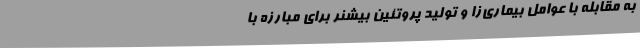
به مقابله با عوامل بیماری‌زا و تولید پروتئین بیشنر برای مبارزه با